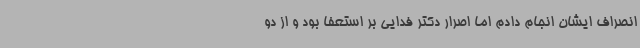
انصراف ایشان انجام دادم اما اصرار دکتر فدایی بر استعفا بود و از دو